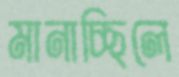
মানাচ্ছিলে